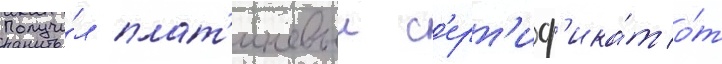
Получи́л плат'иновыи с'ерт'иф'ика́т о́т